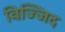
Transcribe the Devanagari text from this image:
विज्जिद